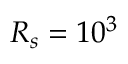
{ \cal R } _ { s } = 1 0 ^ { 3 }